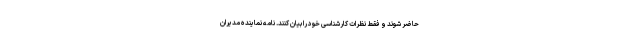
حاضر شوند و فقط نظرات کارشناسی خود را بیان کنند. نامه نماینده مدیران